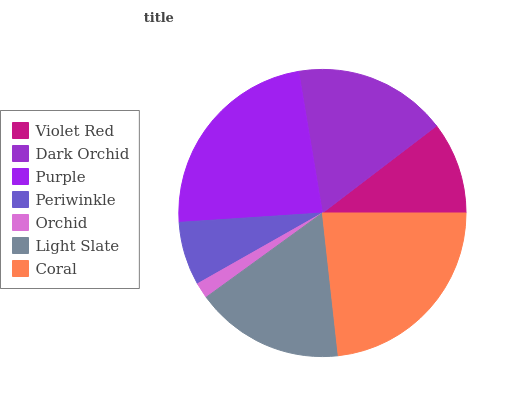
| Violet Red | Dark Orchid | Purple | Periwinkle | Orchid | Light Slate | Coral |
 | --- | --- | --- | --- | --- | --- | --- |
 | 10.4% | 17.3% | 23.4% | 7.16% | 1.78% | 16.7% | 23.2% |